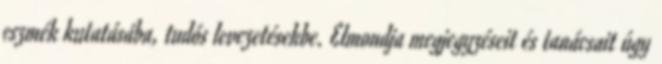
eszmék kutatásába, tudós levezetésekbe. Elmondja megjegyzéseit és tanácsait úgy